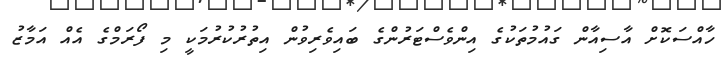
ހާއްސަކޮށް އާސިއާން ގައުމުތަކުގެ އިންވެސްޓަރުންގެ ބައިވެރިވުން އިތުރުކުރުމަކީ މި ފޯރަމްގެ އެއް އަމާޒު